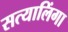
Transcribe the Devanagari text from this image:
सत्यालिंगा